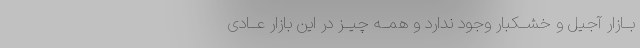
بــازار آجیل و خشــکبار وجود ندارد و همــه چیــز در این بازار عــادى